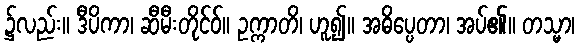
၌လည်း။ ဒီပိကာ၊ ဆီမီးတိုင်ဝ်။ ဥက္ကာတိ၊ ဟူ၍။ အဓိပ္ပေတာ၊ အပ်၏။ တသ္မာ၊